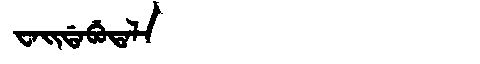
Manchu: ᠸᠠᡳᡩᠠᠪᡠᡨᠠᠯᠠ
Romanization: WAIDABUTALA